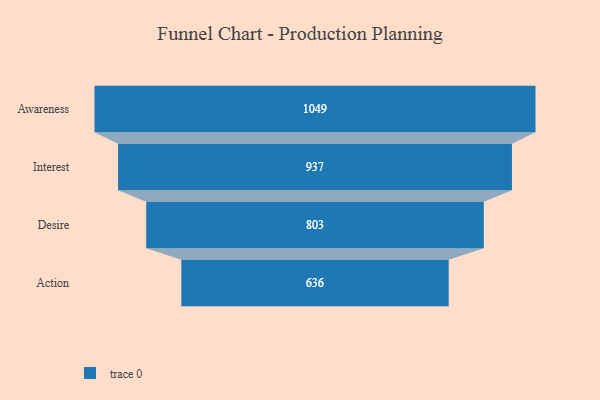
{"axis": {"x": "Stage", "y": "Value"}, "legend": [""], "data": [{"x": "Awareness", "y": 1049.0, "type": ""}, {"x": "Interest", "y": 937.0, "type": ""}, {"x": "Desire", "y": 803.0, "type": ""}, {"x": "Action", "y": 636.0, "type": ""}]}